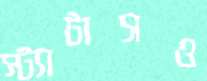
স্ট্যাটাসও